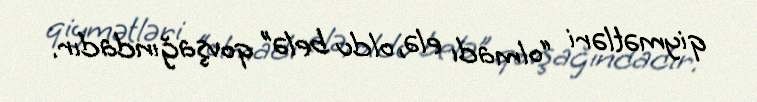
qiymətləri “olmadı elə, oldu belə” qovşağındadır.